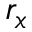
r _ { x }